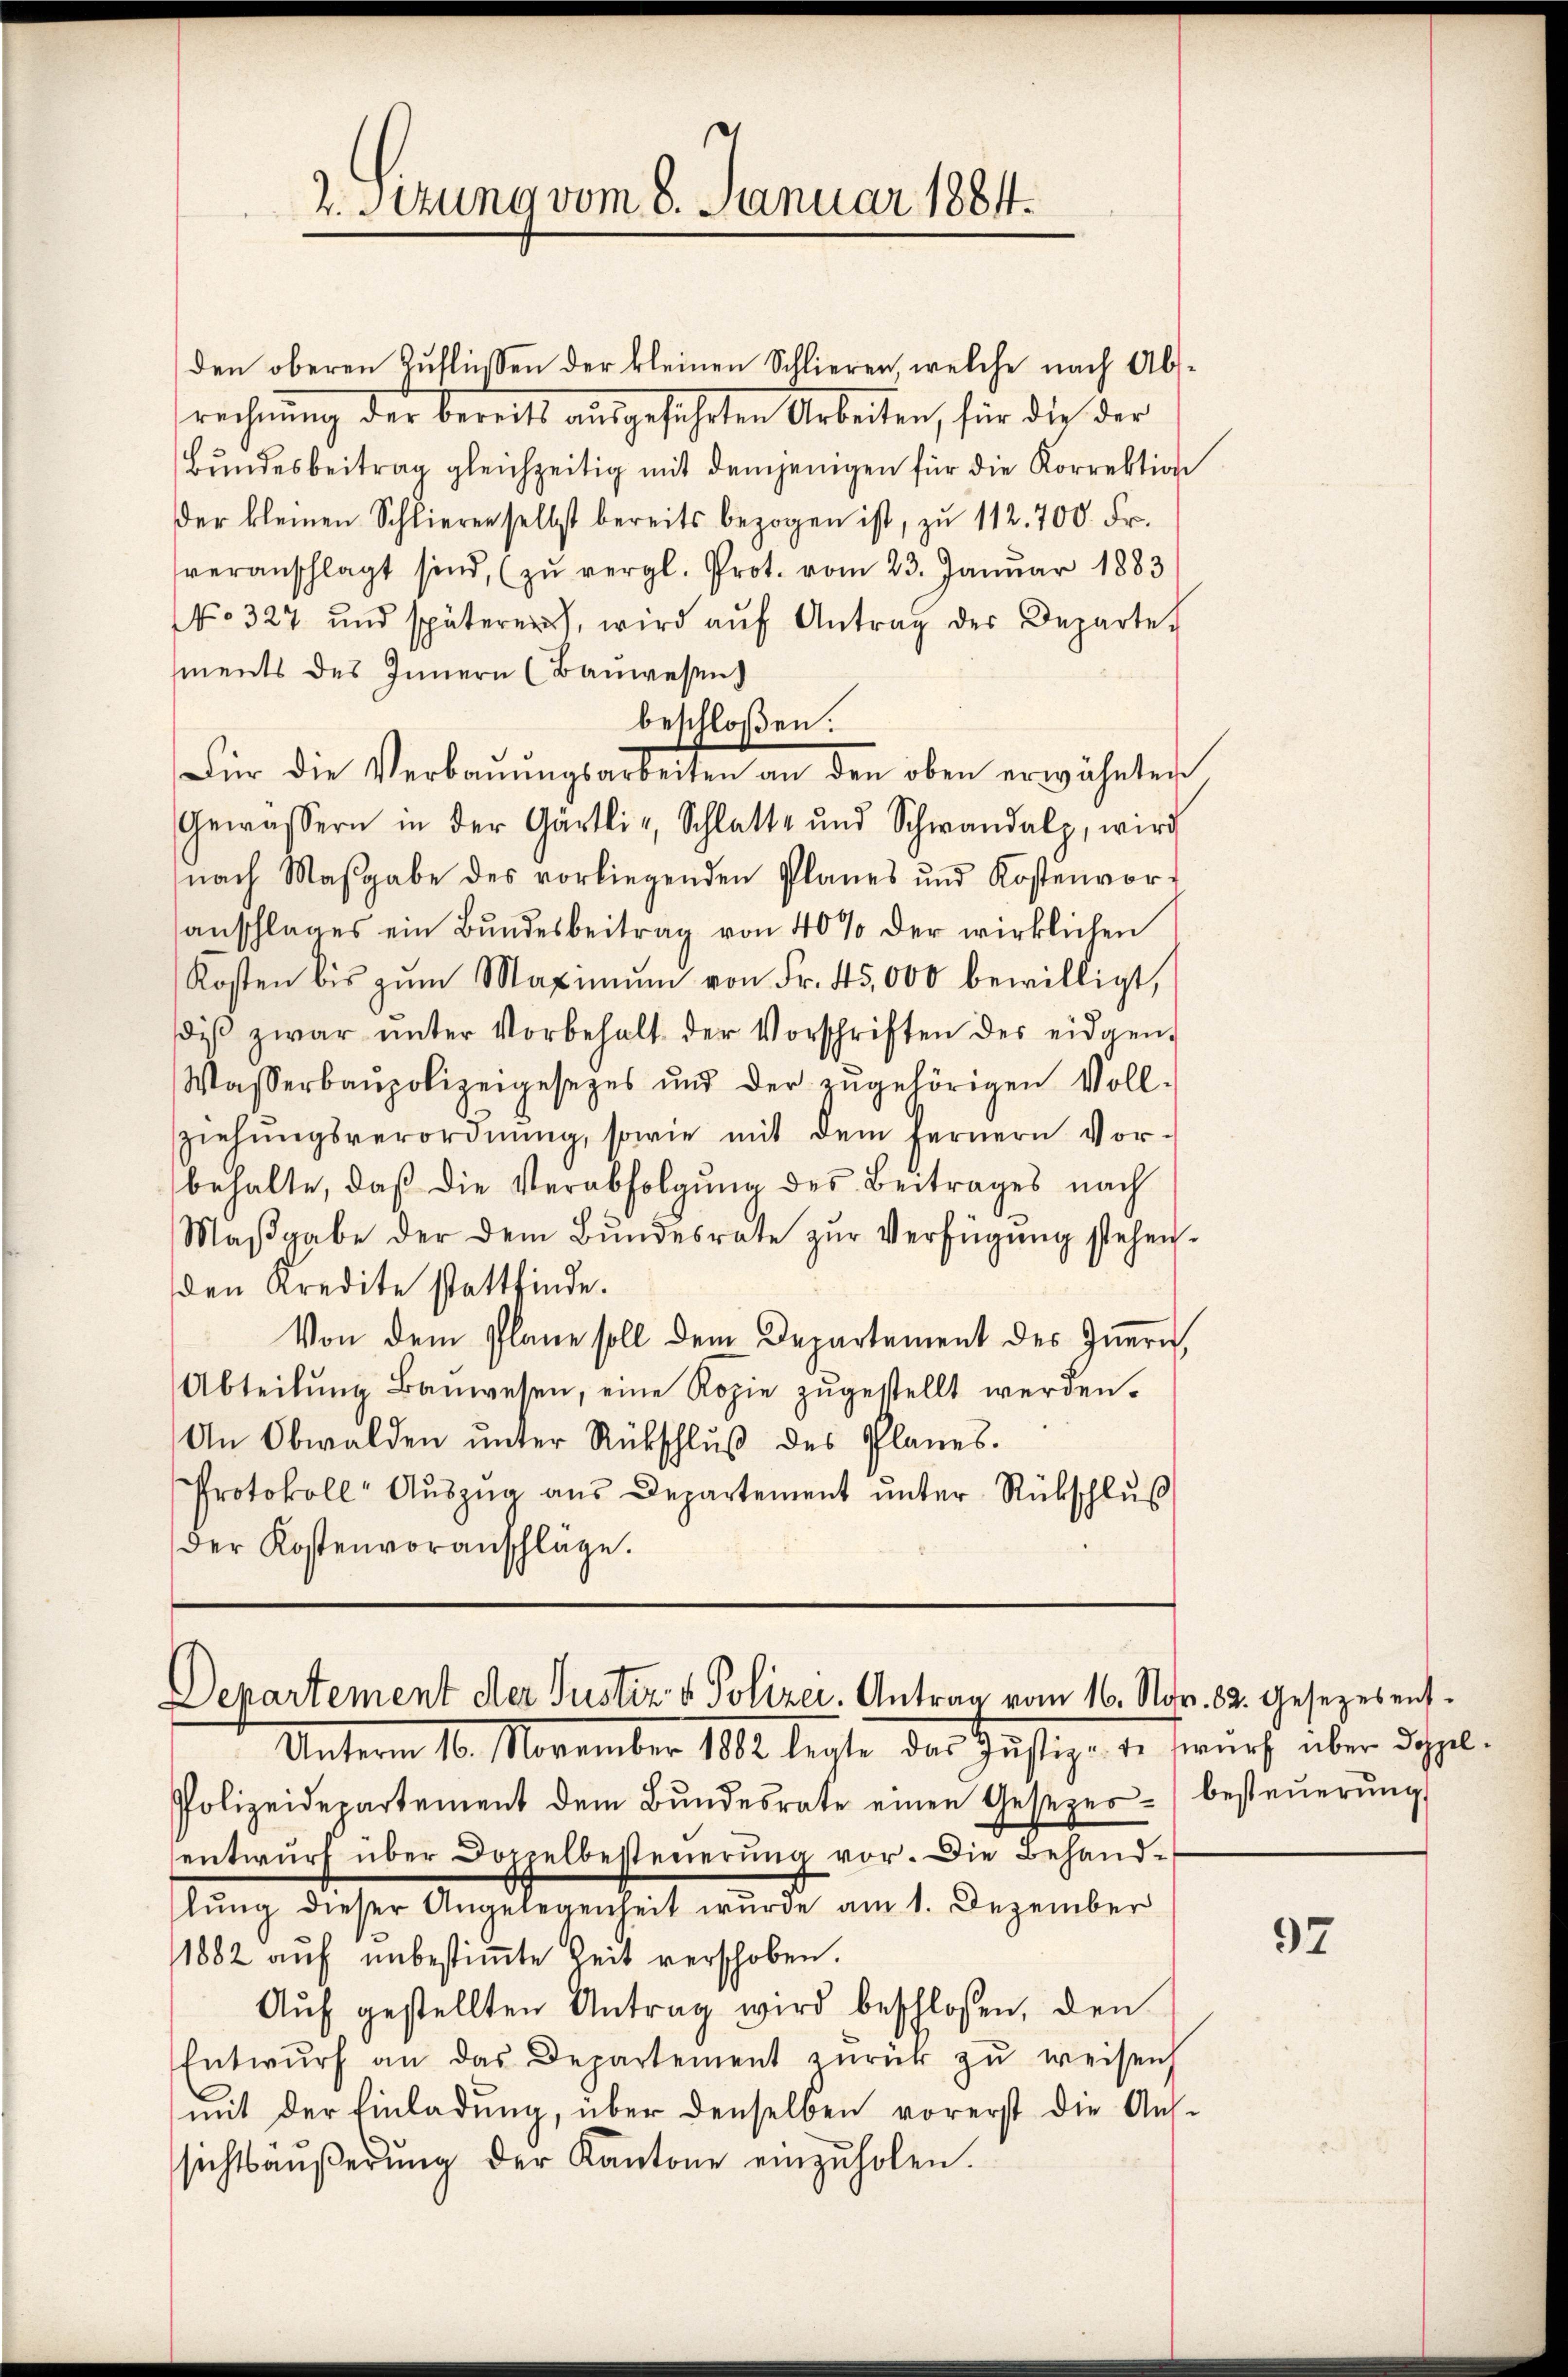
2. Setzung vom 8. Januar 1884.

den oberen Zuflüssen der kleinen Schlieren, welche nach Absrechnung der berecht ausgeführten Arbeiten, für die der
Bŭndesbeitrag gleichzeitig mit demjenigen für die Korrektion
der kleinen Schlieren selbst bereits bezogen ist, zŭ 112. 700. Fr.
veranschlagt sind, (zŭ vergl. Prot. vom 23. Januar 1883
No 327 und späterer, wird aŭf Antrag des Departe
ments des Innern (Bauwesen
beschloßen:
Für die Verbaŭŭngsarbeiten an den oben erwähnten
Gewässern in der Gärtli, Schlatte und Schwandalp, wird
nach Maβgabe des vorliegenden Planes und Kostenvor-
anschlages ein Bŭndesbeitrag von 40% der wirklichen
Kosten bis zŭm Maximŭm von Fr. 45,000 bewilligt,
diβ zwar ŭnter Vorbehalt der Vorschriften des eidgen.
Wasserbaupolizeigesetzes und der zŭgehörigen Voll-
ziehŭngsverordnŭng, sowie mit dem fernern Vor-
behalte, daβ die Verabfolgŭng des Beitrages nach
Maβgabe der dem Bŭndesrate zŭr Verfügŭng stehen.
den Kredite stattfinde.
Von dem Plane soll dem Departement des Innern,
Abteilŭng Baŭwesen, eine Kopie zŭgestellt werden.
An Obwalden ŭnter Rückschlŭβ des Planes.
Protokoll Aŭszŭg ans Departement ŭnter Rückschlŭβ
der Kostenvoranschläge.

Departement der Justiz- & Polizei. Antrag vom 16. Nov. 82. gesezes ent¬

Unterm 16. November 1882 legte das Justiz-teswurf über doppel-
Polizeidepartement dem Bŭndesrate einen Gesezes- besteŭerŭng
entwŭrf über Doppelbesterierŭng vor. Die Behand-
lŭng dieser Angelegenheit wurde am 1. Dezember
1882 auf unbestimmte Zeit verschoben.
Aŭf gestellten Antrag wird beschlossen, den
Entwŭrf an das Departement zŭrück zŭ weisen
mit der Einladŭng, über denselben vorerst die Aus-
sichtsäŭβerŭng der Kantone einzŭholen.

97